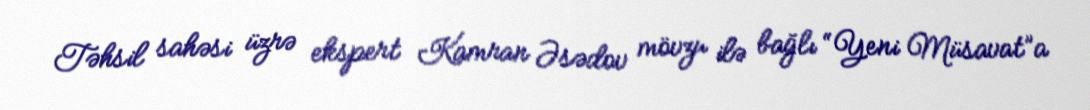
Təhsil sahəsi üzrə ekspert Kamran Əsədov mövzu ilə bağlı “Yeni Müsavat”a